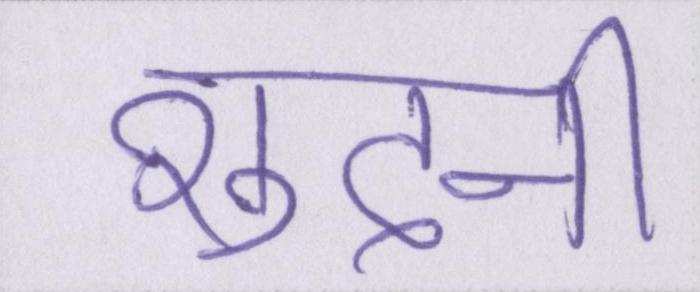
शुदनी